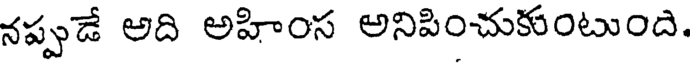
నప్పుడే అది అహింస అనిపించుకుంటుంది.